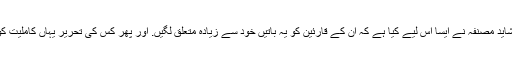
بالکل متفق. لیکن شاید مصنفہ نے ایسا اس لیے کیا ہے کہ ان کے قارئین کو یہ باتیں خود سے زیادہ متعلق لگیں. اور پھر کس کی تحریر یہاں کاملیت کو پہنچ سکتی ہے؟